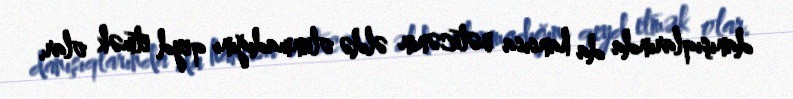
danışıqlarında da hansısa nəticənin əldə olunmadığını qeyd etmək olar.